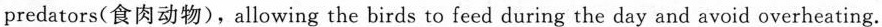
predators(食肉动物),allowing the birds to feed during the day and avoid overheating.